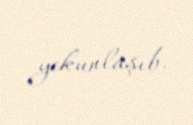
yekunlaşıb.